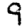
Digit: 9